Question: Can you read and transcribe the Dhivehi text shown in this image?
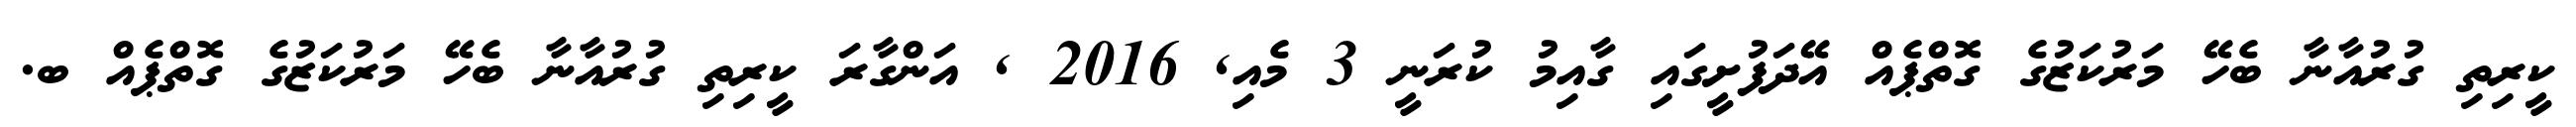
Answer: ކީރިތި ގުރުއާނާ ބެހޭ މަރުކަޒުގެ ގޮތްޕެއް އޭދަފުށީގައި ގާއިމު ކުރަނީ 3 މެއި, 2016 , އަންގާރަ ކީރިތި ގުރުއާނާ ބެހޭ މަރުކަޒުގެ ގޮތްޕެއް ބ.